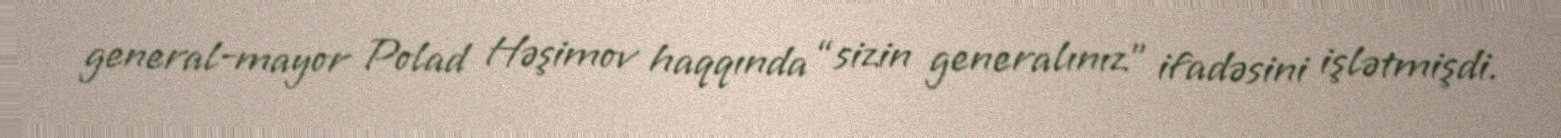
general-mayor Polad Həşimov haqqında “sizin generalınız” ifadəsini işlətmişdi.